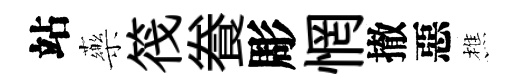
站藥筏飬彫惘撤惡樵